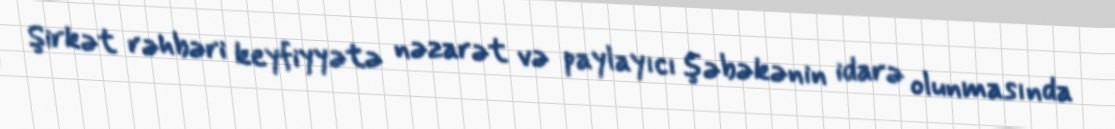
Şirkət rəhbəri keyfiyyətə nəzarət və paylayıcı şəbəkənin idarə olunmasında